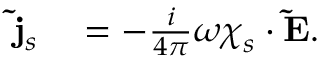
\begin{array} { r l } { \mathbf { \tilde { j } } _ { s } } & { { } = - \frac { i } { 4 \pi } \omega \boldsymbol { \chi } _ { s } \cdot \mathbf { \tilde { E } } . } \end{array}